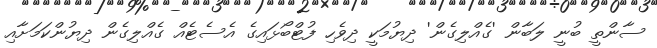
ސާންތީ ބުނީ ލަބާން 'ގެއްލިގެން' ދިޔުމަކީ ދިވެހި ފުޓްބޯޅައިގެ އެސެޓެއް ގެއްލިގެން ދިޔުންކަމަށާއި